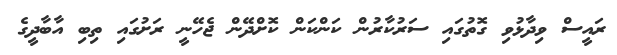
ރައީސް ވިދާޅުވި ގޮތުގައި ސަރުކާރުން ކަންކަން ކޮށްދޭން ޖެހޭނީ ރަށުގައި ތިބި އާބާދީގެ